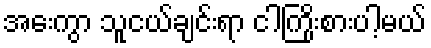
အေးကွာ သူငယ်ချင်းရာ ငါကြိုးစားပါ့မယ်